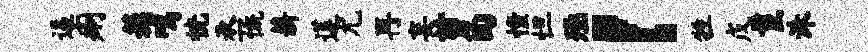
逼痢簇鸣恍丞慨薪莲尤再妄剪回憧怛殛！牲戊鬣洙